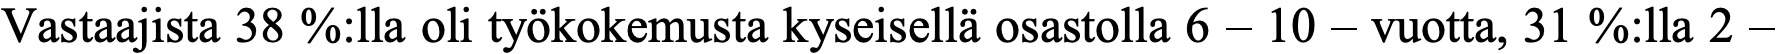
Vastaajista 38 %:lla oli työkokemusta kyseisellä osastolla 6 – 10 – vuotta, 31 %:lla 2 –